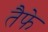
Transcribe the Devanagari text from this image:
तैफे